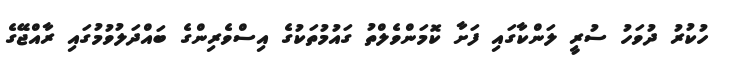
ހުކުރު ދުވަހު ސުރީ ލަންކާގައި ފަށާ ކޮމަންވެލްތު ގައުމުތަކުގެ އިސްވެރިންގެ ބައްދަލުވުމުގައި ރާއްޖޭގެ